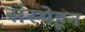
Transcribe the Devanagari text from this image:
संस्थेहून